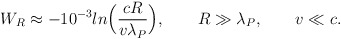
\begin{align*}W_R \approx - {10^{-3}} ln \Bigl({{cR} \over {v \lambda_P }} \Bigr), \qquad R \gg \lambda_P, \qquad v \ll c. \end{align*}